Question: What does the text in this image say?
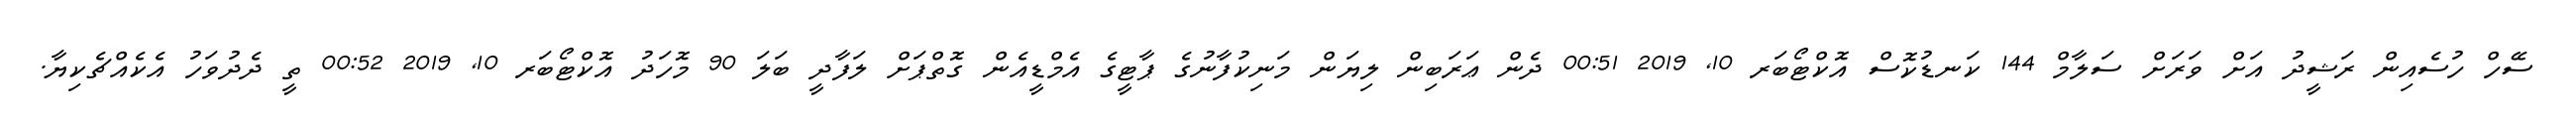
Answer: ސޭހް ހުސެއިން ރަޝީދު އަށް ވަރަށް ސަލާމް 144 ކަނޑުކޮސް އޮކްޓޯބަރ 10, 2019 00:51 ދެން ޢަރަބިން ލިޔަން މަނިކުފާނުގެ ޕާޓީގެ އެމްޑީއެން ގޮތްޕަށް ލަފާދީ ބަލަ 90 މޮހަދު އޮކްޓޯބަރ 10, 2019 00:52 ތީ ދެދުވަހު އެކެއްޗެކިޔާ.